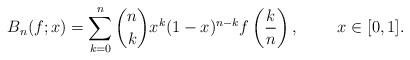
LaTeX: \begin{align*}B_{n}(f;x)=\sum_{k=0}^{n}\binom{n}{k}x^{k}(1-x)^{n-k}f\left( \frac{k}{n}\right) ,~~~~~~~x\in \lbrack 0,1]. \end{align*}